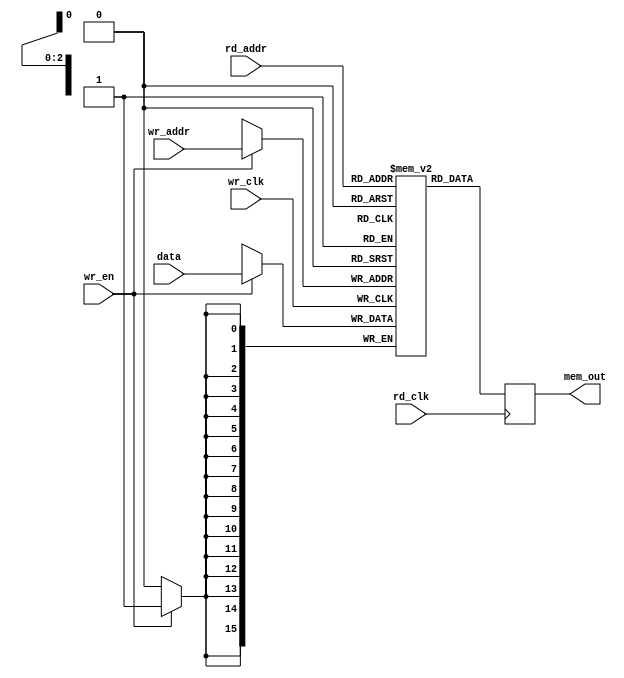
module mem_ex3(wr_clk,rd_clk,wr_en,
	 data,rd_addr,wr_addr,mem_out);

	input wr_clk,rd_clk,wr_en;
	input [15:0] data;
	input [2:0] rd_addr,wr_addr;
	output reg [15:0] mem_out;

	reg [15:0] mem [0:7];

	always @ (posedge wr_clk)
	begin
		if(wr_en) begin
			mem[wr_addr] <= data;
		end
	end

	always @ (posedge rd_clk)
	begin
		mem_out <= mem[rd_addr];
	end

endmodule